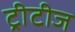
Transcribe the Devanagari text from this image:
ट्रीटीज